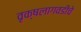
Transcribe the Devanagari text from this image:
वृक्षलागवडीचे